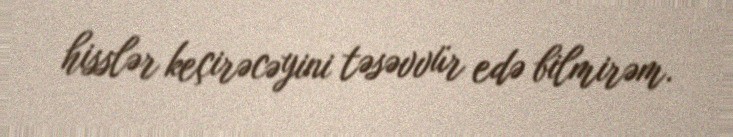
hisslər keçirəcəyini təsəvvür edə bilmirəm.